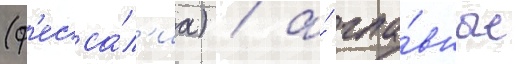
(ф'есса́л'иа) / а́ гла́вные